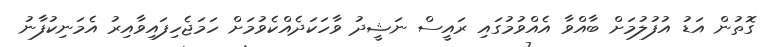
ގޮތުން އަޑު އުފުލުމަށް ބާއްވާ އެއްވުމުގައި ރައީސް ނަޝީދު ވާހަކަދެއްކެވުމަށް ހަމަޖެހިފައިވާއިރު އެމަނިކުފާނު